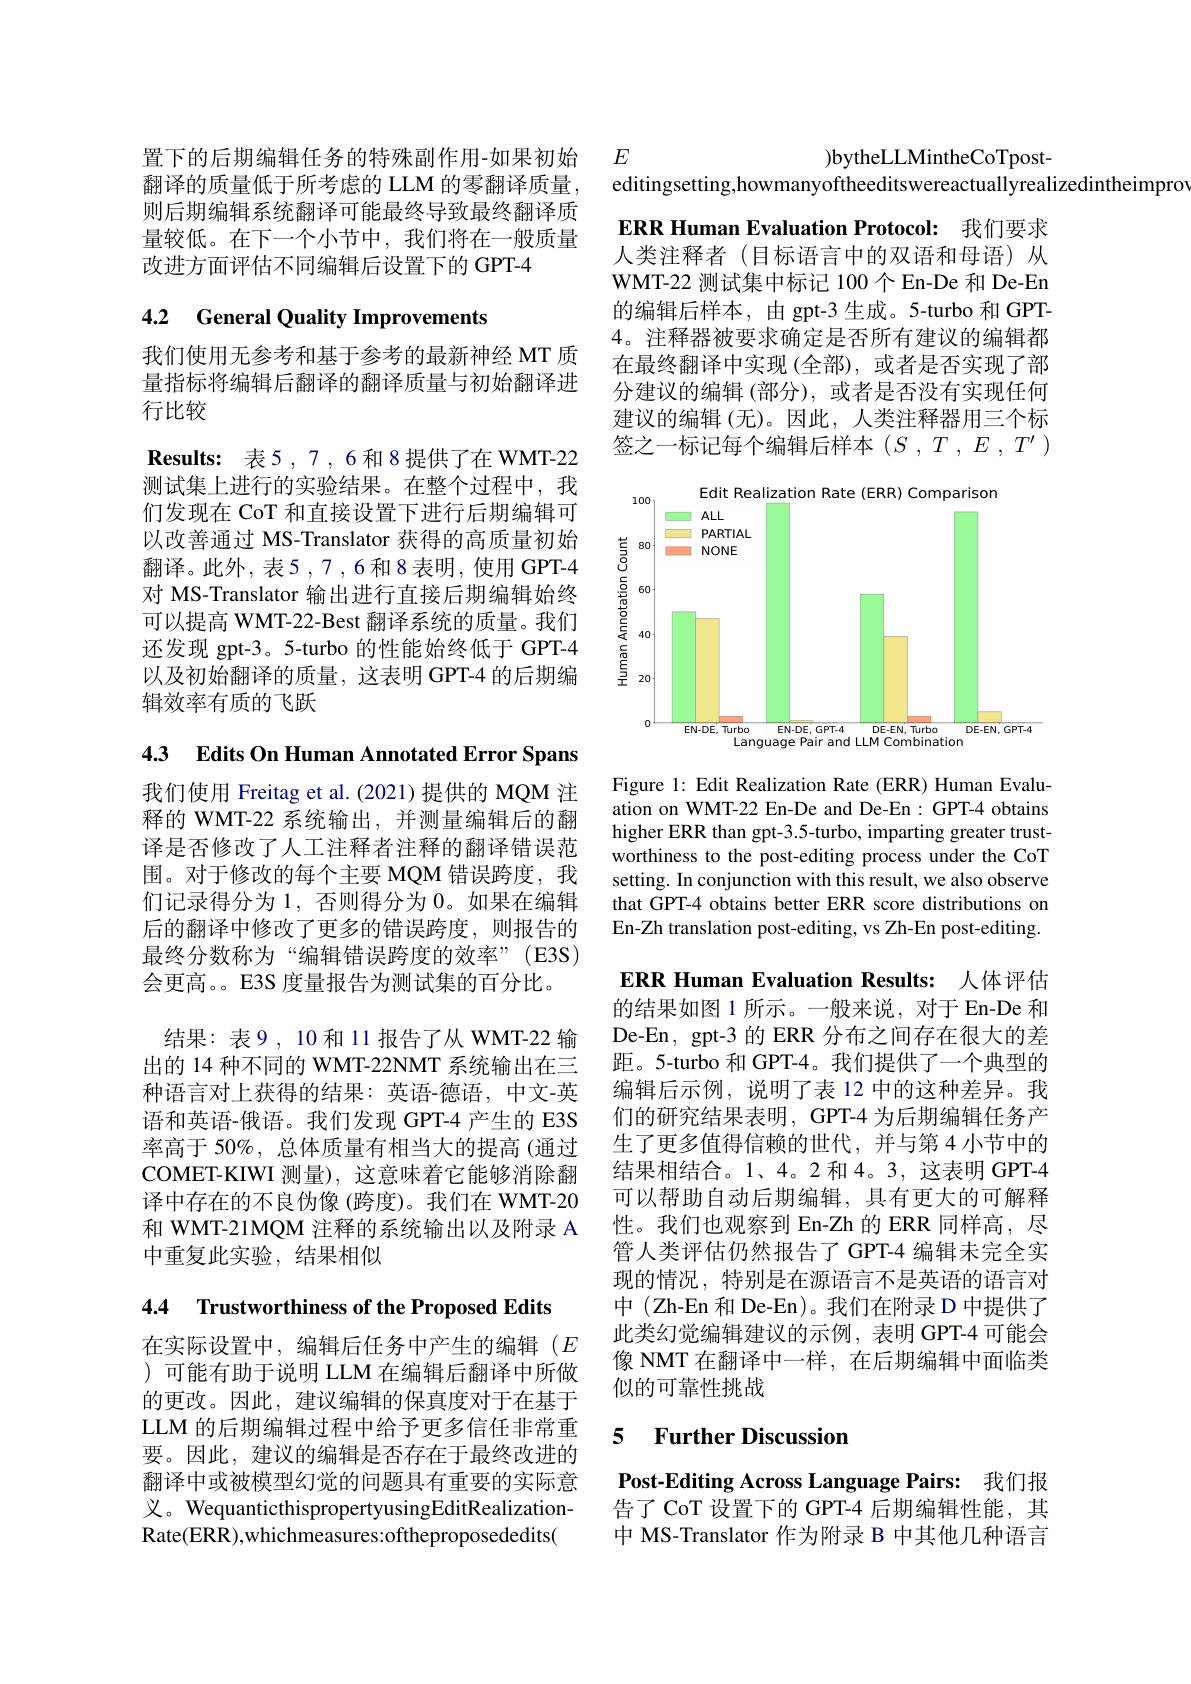
置下的后期编辑任务的特殊副作用-如果初始翻译的质量低于所考虑的 LLM 的零翻译质量， 则后期编辑系统翻译可能最终导致最终翻译质量较低。在下一个小节中，我们将在一般质量改进方面评估不同编辑后设置下的 GPT-4

## 4.2 General Quality Improvements

我们使用无参考和基于参考的最新神经 MT 质量指标将编辑后翻译的翻译质量与初始翻译进行比较

Results: 表5，7,6和8提供了在 WMT-22测试集上进行的实验结果。在整个过程中，我们发现在 CoT 和直接设置下进行后期编辑可以改善通过 MS-Translator 获得的高质量初始翻译。此外，表5，7,6和8表明，使用GPT-4对 MS-Translator 输出进行直接后期编辑始终可以提高 WMT-22-Best 翻译系统的质量。我们还发现 gpt-3。5-turbo 的性能始终低于 GPT-4以及初始翻译的质量，这表明 GPT-4 的后期编辑效率有质的飞跃

4.3 Edits On Human Annotated Error Spans

我们使用 Freitag et al. (2021)提供的 MQM 注释的 WMT-22 系统输出，并测量编辑后的翻译是否修改了人工注释者注释的翻译错误范围。对于修改的每个主要 MQM 错误跨度，我们记录得分为 1, 否则得分为 0。如果在编辑后的翻译中修改了更多的错误跨度，则报告的最终分数称为“编辑错误跨度的效率”(E3S) 会更高。。E3S 度量报告为测试集的百分比。
结果：表9，10和11报告了从 WMT-22 输出的 14 种不同的 WMT-22NMT 系统输出在三种语言对上获得的结果：英语-德语，中文-英语和英语-俄语。我们发现 GPT-4 产生的 E3S 率高于 50%, 总体质量有相当大的提高 (通过COMET-KIWI 测量), 这意味着它能够消除翻译中存在的不良伪像(跨度)。我们在 WMT-20和 WMT-21MQM 注释的系统输出以及附录 A 中重复此实验，结果相似

4.4 Trustworthiness of the Proposed Edits

在实际设置中，编辑后任务中产生的编辑($E$ ) 可能有助于说明 LLM 在编辑后翻译中所做的更改。因此，建议编辑的保真度对于在基于LLM 的后期编辑过程中给予更多信任非常重要。因此，建议的编辑是否存在于最终改进的翻译中或被模型幻觉的问题具有重要的实际意义。WequanticthispropertyusingEditRealizationRate(ERR),whichmeasures:oftheproposededits(

$E$

)bytheLLMintheCoTpost-
editingsetting,howmanyoftheeditswereactuallyrealizedintheimpro

ERR Human Evaluation Protocol: 我们要求人类注释者(目标语言中的双语和母语)从WMT-22 测试集中标记 100个 En-De 和 De-En 的编辑后样本，由 gpt-3 生成。5-turbo 和 GPT- 4。注释器被要求确定是否所有建议的编辑都在最终翻译中实现 (全部),或者是否实现了部分建议的编辑 (部分),或者是否没有实现任何建议的编辑(无)。因此，人类注释器用三个标签之一标记每个编辑后样本$(S,T,E,T^{\prime})$

<FigureHere>

Figure 1: Edit Realization Rate (ERR) Human Evaluation on WMT-22 En-De and De-En: GPT-4 obtains higher ERR than gpt-3.5-turbo, imparting greater trustworthiness to the post-editing process under the CoT setting. In conjunction with this result, we also observe that GPT-4 obtains better ERR score distributions on En-Zh translation post-editing, vs Zh-En post-editing.

ERR Human Evaluation Results: 人体评估的结果如图 1 所示。一般来说，对于 En-De 和De-En, gpt-3 的 ERR 分布之间存在很大的差距。5-turbo 和 GPT-4。我们提供了一个典型的编辑后示例，说明了表 12 中的这种差异。我们的研究结果表明，GPT-4 为后期编辑任务产生了更多值得信赖的世代，并与第4小节中的结果相结合。1、4。2 和 4。3, 这表明 GPT-4可以帮助自动后期编辑，具有更大的可解释性。我们也观察到 En-Zh 的 ERR 同样高，尽管人类评估仍然报告了 GPT-4 编辑未完全实现的情况，特别是在源语言不是英语的语言对中 (Zh-En 和 De-En)。我们在附录 D 中提供了此类幻觉编辑建议的示例，表明 GPT-4 可能会像 NMT 在翻译中一样，在后期编辑中面临类似的可靠性挑战

### 5 $\textbf{Further Discussion}$

Post-Editing Across Language Pairs: 我们报告了 CoT 设置下的 GPT-4 后期编辑性能，其中 MS-Translator 作为附录 B 中其他几种语言